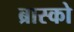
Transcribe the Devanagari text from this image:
ब्रास्को